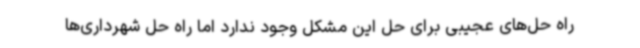
راه حل‌های عجیبی برای حل این مشکل وجود ندارد اما راه حل شهرداری‌ها